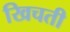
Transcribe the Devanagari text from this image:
खिचती